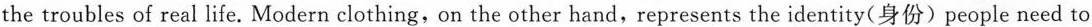
the troubles of real life. Modern clothing, on the other hand, represents the identity(身份) people need to